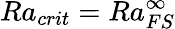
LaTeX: Ra_{crit}=Ra_{FS}^{\infty}